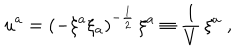
u ^ { a } = { \left( - \xi ^ { a } \xi _ { a } \right) } ^ { - { \frac { 1 } { 2 } } } \, \xi ^ { a } \equiv { \frac { 1 } { V } } \, \xi ^ { a } \; ,